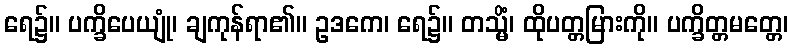
ရေ၌။ ပက္ခိပေယျုံ၊ ချကုန်ရာ၏။ ဥဒကေ၊ ရေ၌။ တသ္မိံ၊ ထိုပတ္တမြားကို။ ပက္ခိတ္တမတ္တေ၊